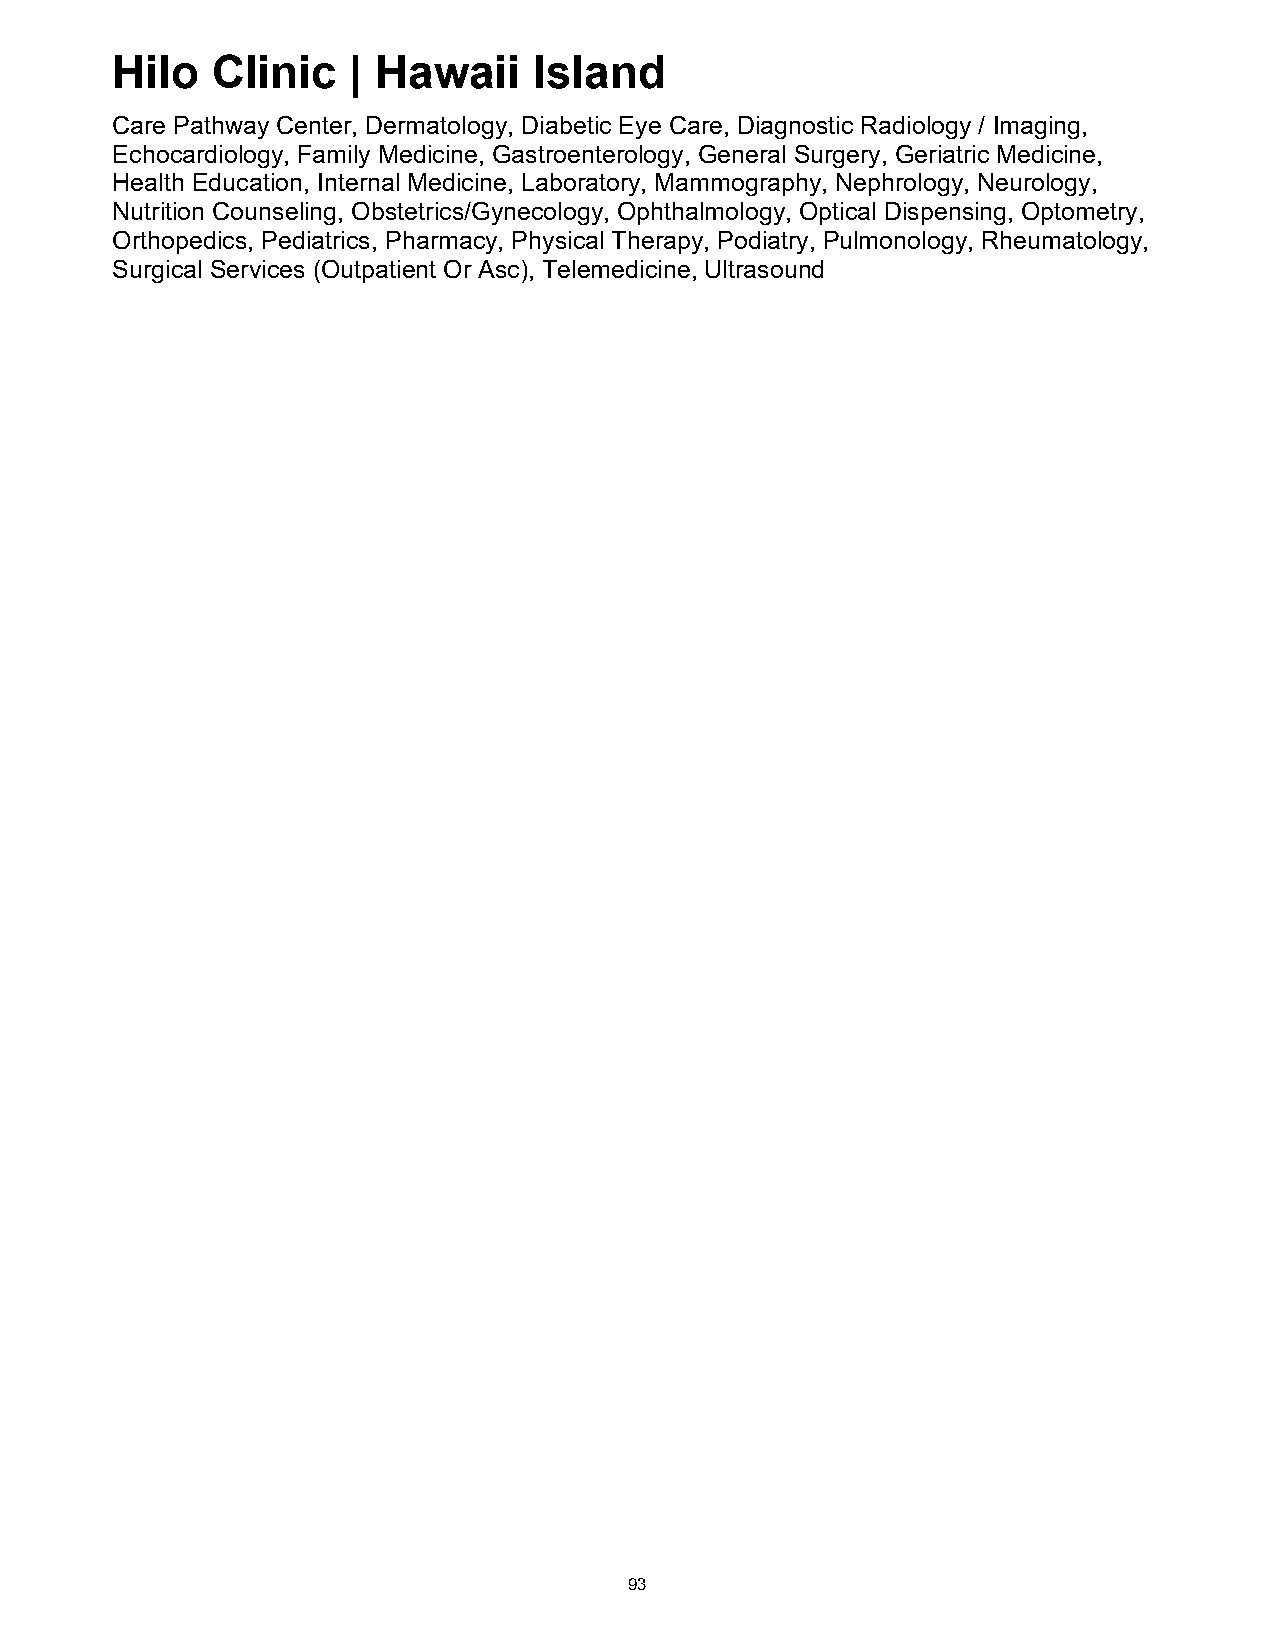
Hilo   Clinic   | Hawaii    Island
 Care Pathway Center, Dermatology, Diabetic Eye Care, Diagnostic Radiology / Imaging,
 Echocardiology, Family Medicine, Gastroenterology, General Surgery, Geriatric Medicine,
 Health Education, Internal Medicine, Laboratory, Mammography, Nephrology, Neurology,
 Nutrition Counseling, Obstetrics/Gynecology, Ophthalmology, Optical Dispensing, Optometry,
 Orthopedics, Pediatrics, Pharmacy, Physical Therapy, Podiatry, Pulmonology, Rheumatology,
 Surgical Services (Outpatient Or Asc), Telemedicine, Ultrasound
 93